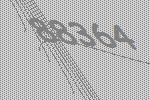
88364